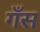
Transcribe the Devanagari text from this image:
गँस